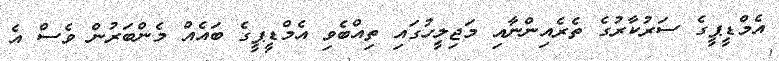
އެމްޑީޕީގެ ސަރުކާރުގެ ތެރެއިންނާއި މަޖިލީހުގައި ތިއްބެވި އެމްޑީޕީގެ ބައެއް މެންބަރުން ވެސް އެ